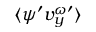
\langle \psi ^ { \prime } v _ { y } ^ { \omega \prime } \rangle